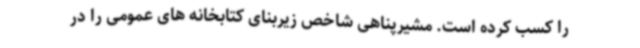
را کسب کرده است. مشیرپناهی شاخص زیربنای کتابخانه های عمومی را در